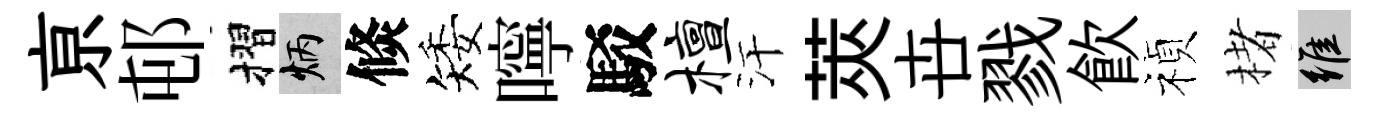
亰邨摺炳倐矮嚀駁檀汗莢卋戮飮禎楮維